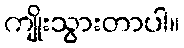
ကျိုးသွားတာပါ။